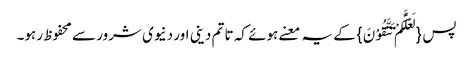
پس {لَعَلَّکُمْ تَتَّقُوْنَ}کے یہ معنے ہوئے کہ تا تم دینی اور دنیوی شرور سے محفوظ رہو۔